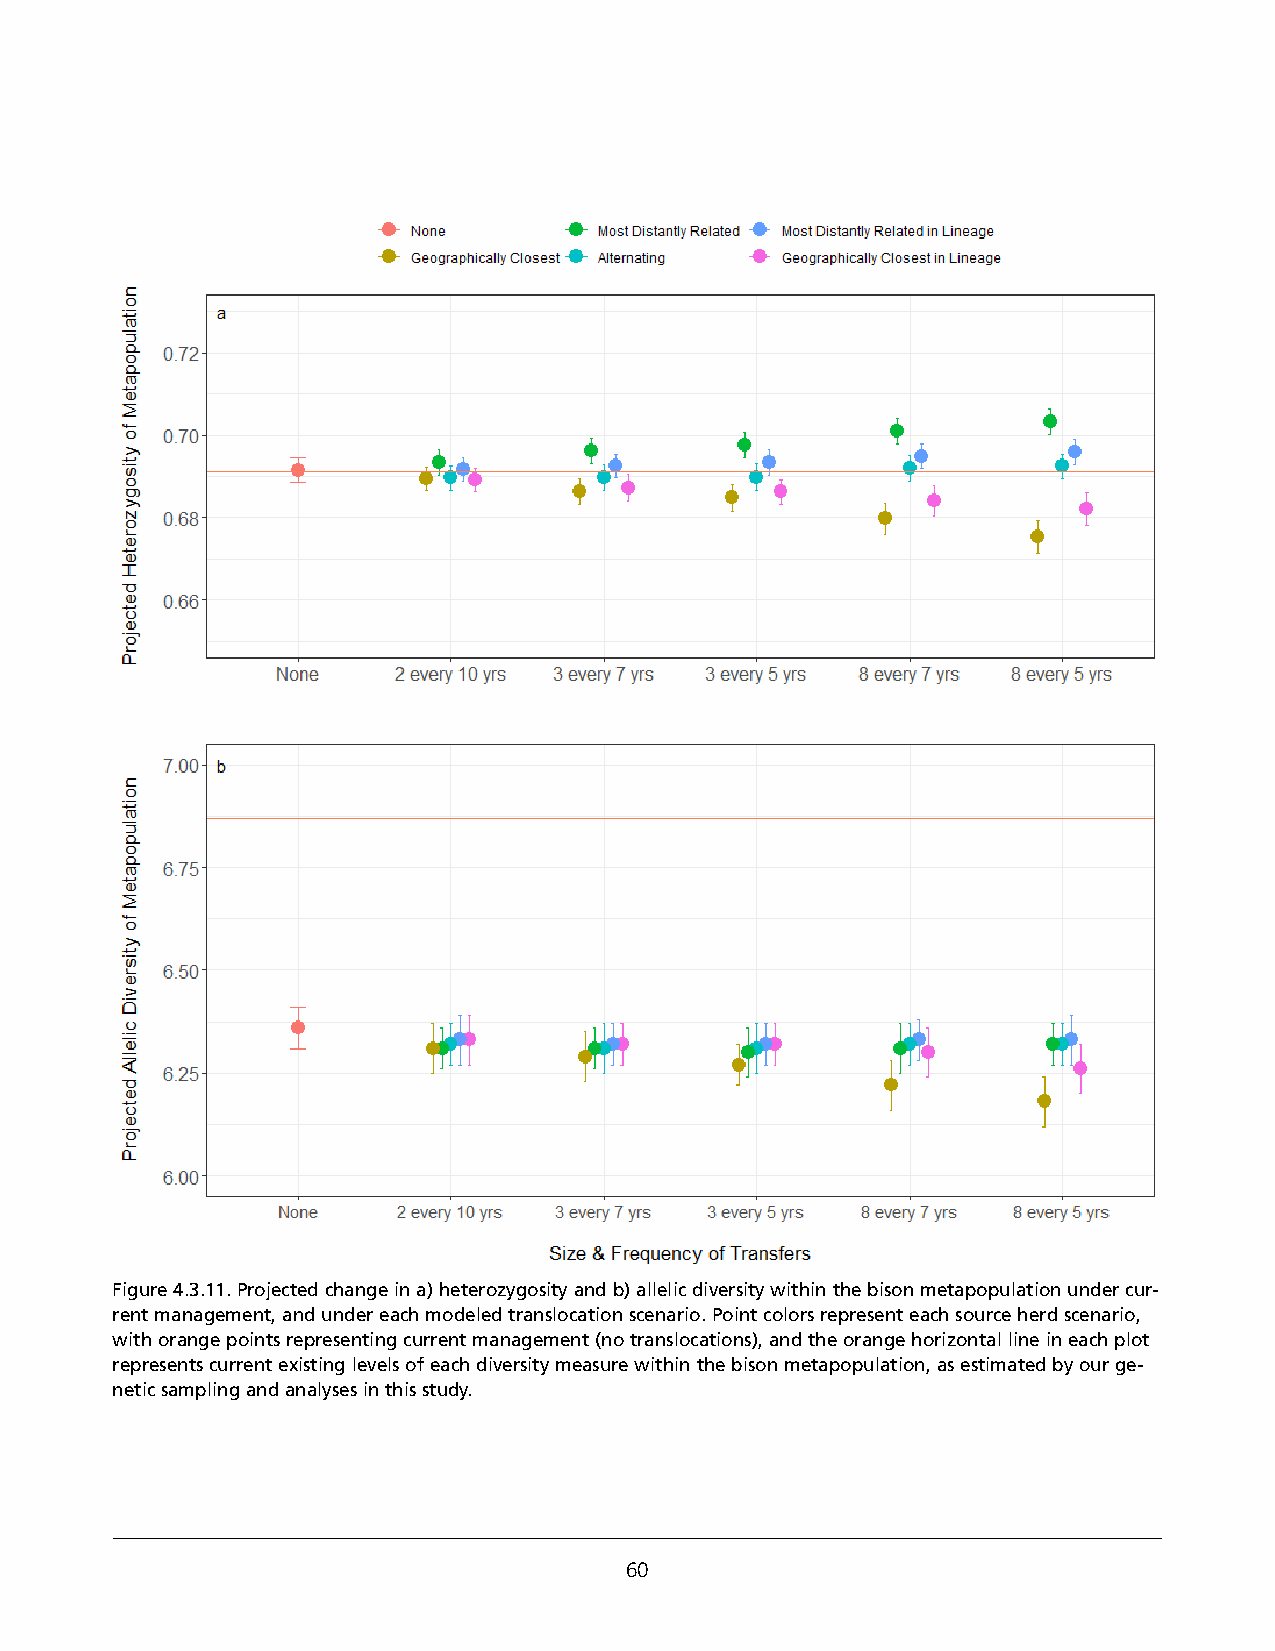
Figure 4.3.11. Projected change in a) heterozygosity and b) allelic diversity within the bison metapopulation under cur-
 rent management, and under each modeled translocation scenario. Point colors represent each source herd scenario,
 with orange points representing current management (no translocations), and the orange horizontal line in each plot
 represents current existing levels of each diversity measure within the bison metapopulation, as estimated by our ge-
 netic sampling and analyses in this study.
 60